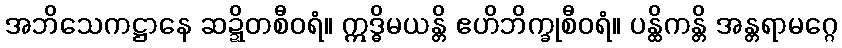
အဘိသေကဋ္ဌာနေ ဆဍ္ဍိတစီဝရံ။ ဣဒ္ဓိမယန္တိ ဧဟိဘိက္ခုစီဝရံ။ ပန္ထိကန္တိ အန္တရာမဂ္ဂေ